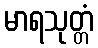
မာရသုတ္တံ